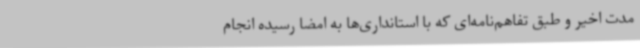
مدت اخیر و طبق تفاهم‌نامه‌ای که با استانداری‌ها به امضا رسیده انجام